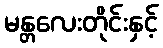
မန္တလေးတိုင်းနှင့်